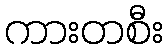
ကားတစီး